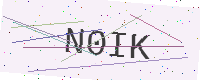
Text: N0IK